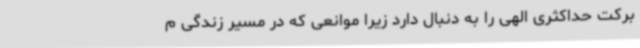
برکت حداکثری الهی را به دنبال دارد زیرا موانعی که در مسیر زندگی م